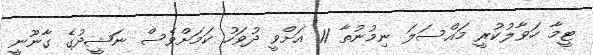
ޓީމާ ހަވާލުކުރީ މައްސަލަ ނިމުނުތާ 11 އަށްވީ ދުވަހު ކަމަށްވެސް ނަޝީދުގެ ގާނޫނީ